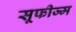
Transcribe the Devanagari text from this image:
सूफीज्म